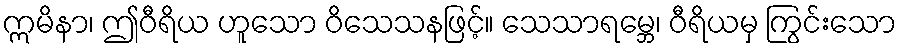
ဣမိနာ၊ ဤဝီရိယ ဟူသော ဝိသေသနဖြင့်။ သေသာရမ္ဘေ၊ ဝီရိယမှ ကြွင်းသော